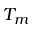
T _ { m }